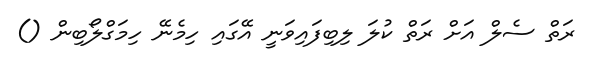
ރަތް ސެލް އަށް ރަތް ކުލަ ލިބިފައިވަނީ އޭގައި ހިމެނޭ ހިމަގްލޯބިން ()